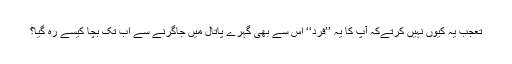
تعجب یہ کیوں نہیں کرتےکہ آپ کا یہ ’’فرد‘‘ اس سے بھی گہرے پاتال میں جاگرنے سے اب تک بچا کیسے رہ گیا؟